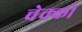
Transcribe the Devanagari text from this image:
चेक्को